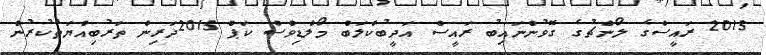
2015 ރައީސްގެ ލޯންޗުގެ ގޮވުންނައިބު ރައީސް އަދީބުކްލަބް މޯލްޑިވްސް ކަޕް 2015ދަރިން ތަރުބިއްޔަތުކުރުން